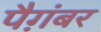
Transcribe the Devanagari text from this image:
पैग़ंबर